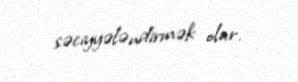
səciyyələndirmək olar.